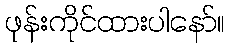
ဖုန်းကိုင်ထားပါနော်။